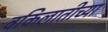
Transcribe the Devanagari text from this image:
वकिलातीच्या